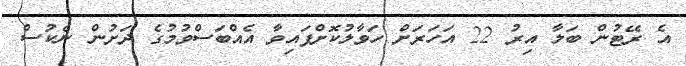
އެ ރޭޓުން ބަލާ އިރު 22 އަހަރަށް ހަވާލުކޮށްފައިވާ އެއްބަސްވުމުގެ ދަށުން ނެކުސް